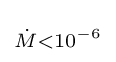
\scriptstyle {\dot {M}}<10^{-6}